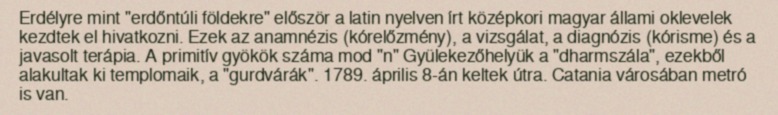
Erdélyre mint "erdőntúli földekre" először a latin nyelven írt középkori magyar állami oklevelek kezdtek el hivatkozni. Ezek az anamnézis (kórelőzmény), a vizsgálat, a diagnózis (kórisme) és a javasolt terápia. A primitív gyökök száma mod "n" Gyülekezőhelyük a "dharmszála", ezekből alakultak ki templomaik, a "gurdvárák". 1789. április 8-án keltek útra. Catania városában metró is van.